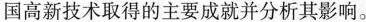
国高新技术取得的主要成就并分析其影响。